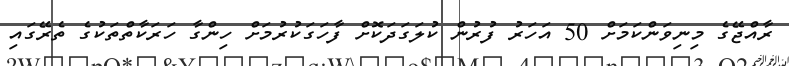
ރާއްޖޭގެ މިނިވަންކަމަށް 50 އަހަރު ފުރުން ކުލަގަދަކޮށް ފާހަގަކުރުމަށް ހިންގާ ހަރަކާތްތަކުގެ ތެރޭގައި